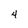
Character: 4